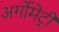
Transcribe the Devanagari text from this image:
अर्गोमेट्री